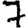
Digit: 7